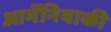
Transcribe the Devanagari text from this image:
आर्मेनियाकी